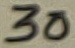
Text: 30